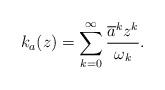
LaTeX: \begin{align*}k_a(z)= \sum_{k=0}^\infty \frac{\overline{a}^kz^k}{\omega_k}. \end{align*}